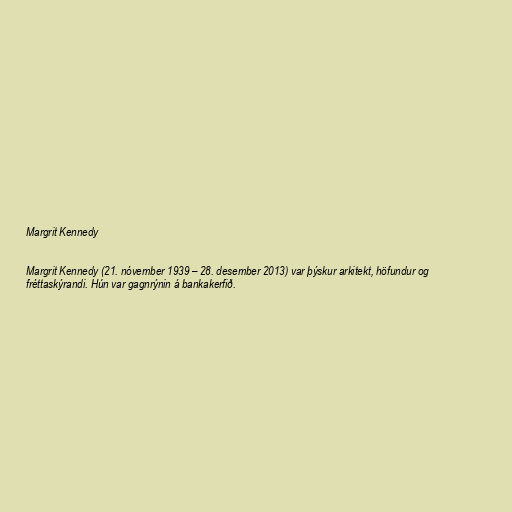
Margrit Kennedy

Margrit Kennedy (21. nóvember 1939 – 28. desember 2013) var þýskur arkitekt, höfundur og
fréttaskýrandi. Hún var gagnrýnin á bankakerfið.